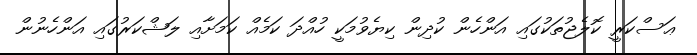
ޢަސްކަރީ ކޮލެޖުތަކުގައި އަންހެން ކުދިން ކިޔެވުމަކީ ހުއްދަ ކަމެއް ކަމަށާއި ލަޝްކަރުގައި އަންހެނުން